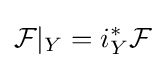
{\mathcal {F}}|_{Y}=i_{Y}^{\ast }{\mathcal {F}}